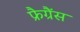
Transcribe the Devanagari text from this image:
फ्रैग्रैंस